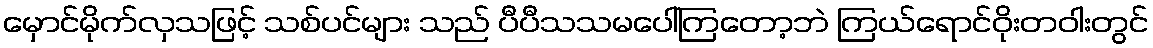
မှောင်မိုက်လှသဖြင့် သစ်ပင်များ သည် ပီပီသသမပေါ်ကြတော့ဘဲ ကြယ်ရောင်ဝိုးတဝါးတွင်